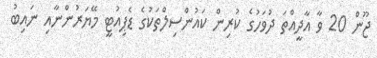
ޖޫން 20 ވާ އާދީއްތަ ދުވަހުގެ ކުރިން ކައުންސިލްތަކުގެ ޑެޕިއުޓީ މޭޔަރުންނާއި ނައިބު